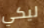
ليكي